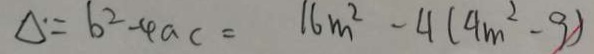
\Delta = b ^ { 2 } - 4 a c = 1 6 m ^ { 2 } - 4 ( 4 m ^ { 2 } - 9 )